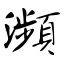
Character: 濒